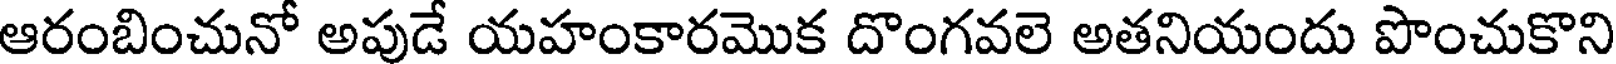
ఆరంబించునో అపుడే యహంకారమొక దొంగవలె అతనియందు పొంచుకొని